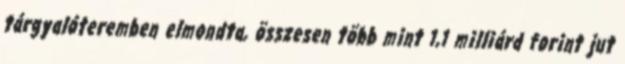
tárgyalóteremben elmondta, összesen több mint 1,1 milliárd forint jut